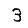
Digit: 3